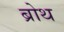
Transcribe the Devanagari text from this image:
ब्रोथ